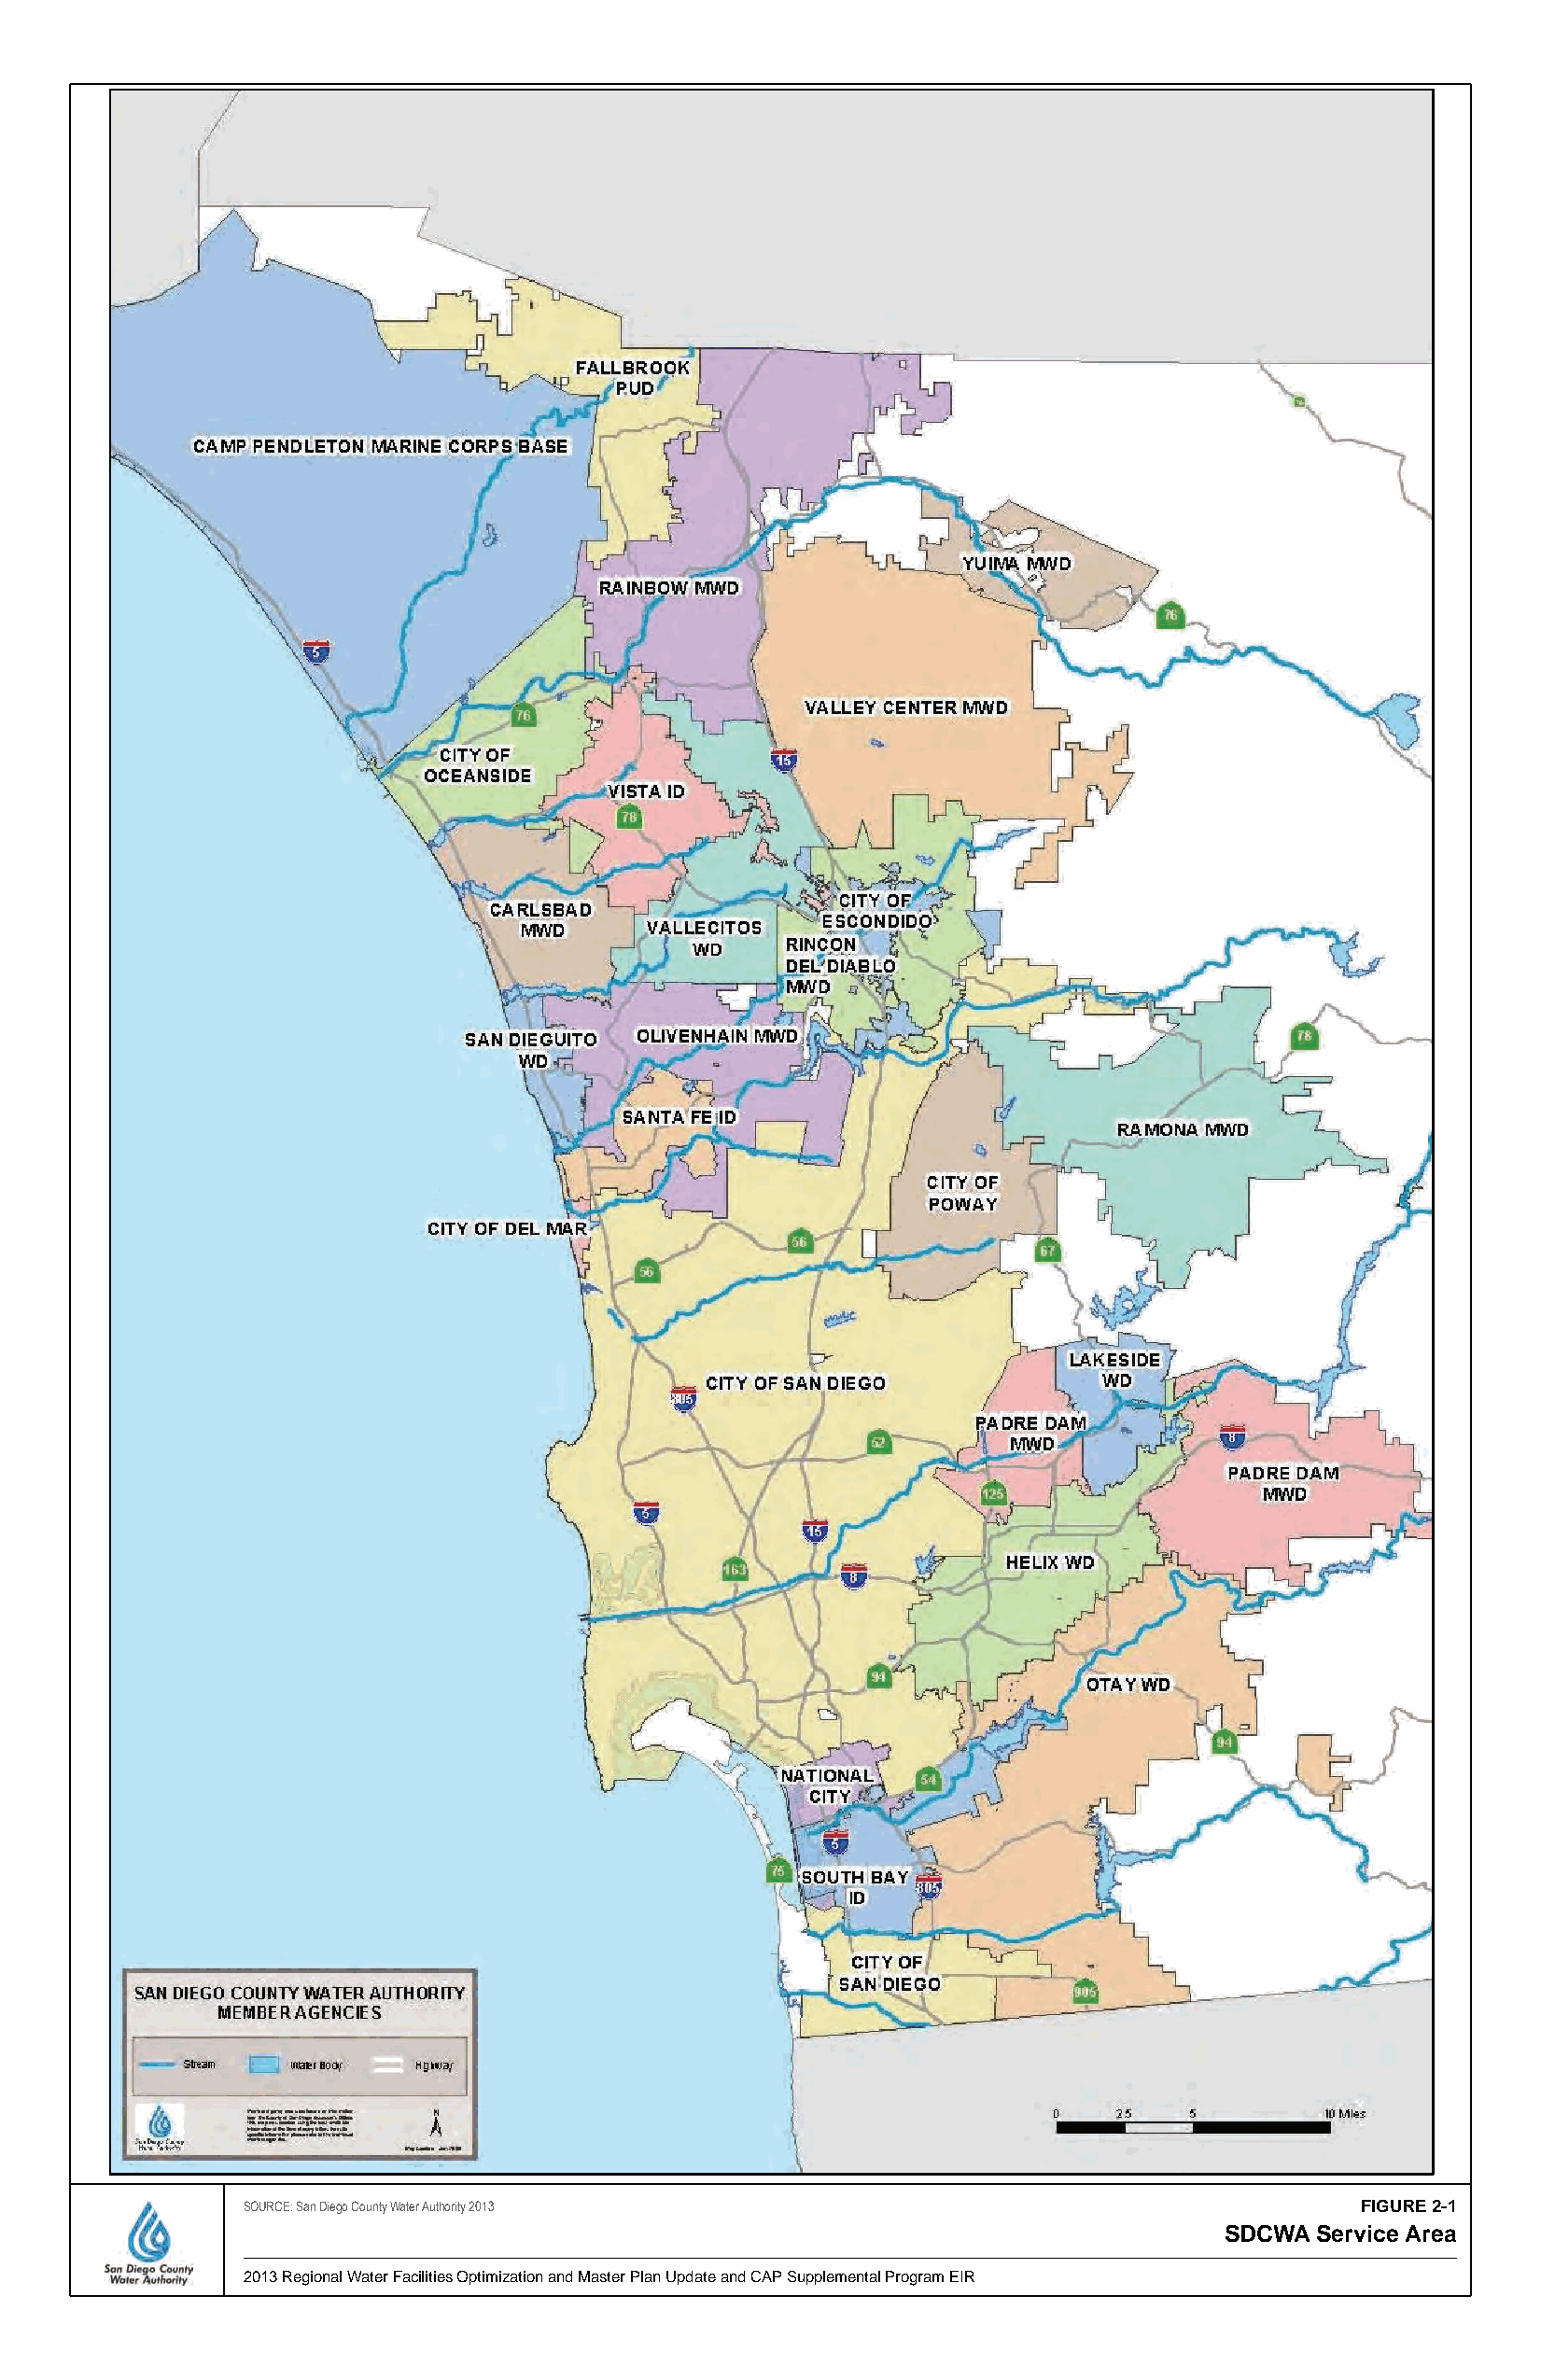
0    3    6
 Miles
 SOURCE: San Diego County Water Authority 2013                                  FIGURE 2-1
 SDCWA Service Area
 2013 Regional Water Facilities Optimization and Master Plan Update and CAP Supplemental Program EIR DRAFT/FINAL